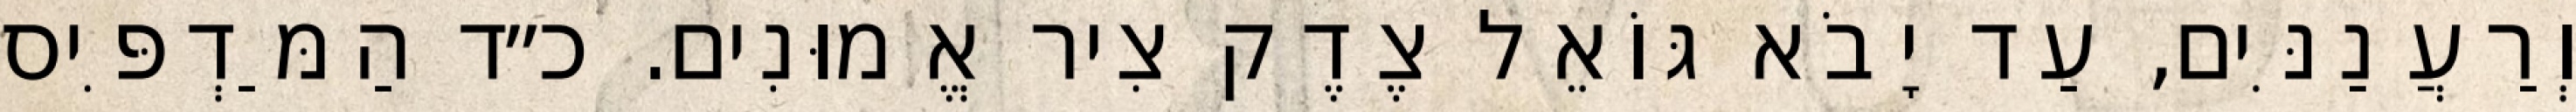
וְרַעֲנַנִּים, עַד יָבֹא גּוֹאֵל צֶדֶק צִיר אֱמוּנִים. כ״ד הַמַּדְפִּיס